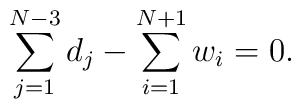
\sum_{j=1}^{N-3}d_{j}-\sum_{i=1}^{N+1} w_{i}=0 .